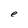
Character: e